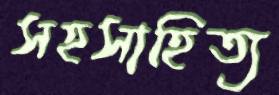
সহসাহিত্য